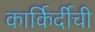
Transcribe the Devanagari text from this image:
कार्किर्दीची